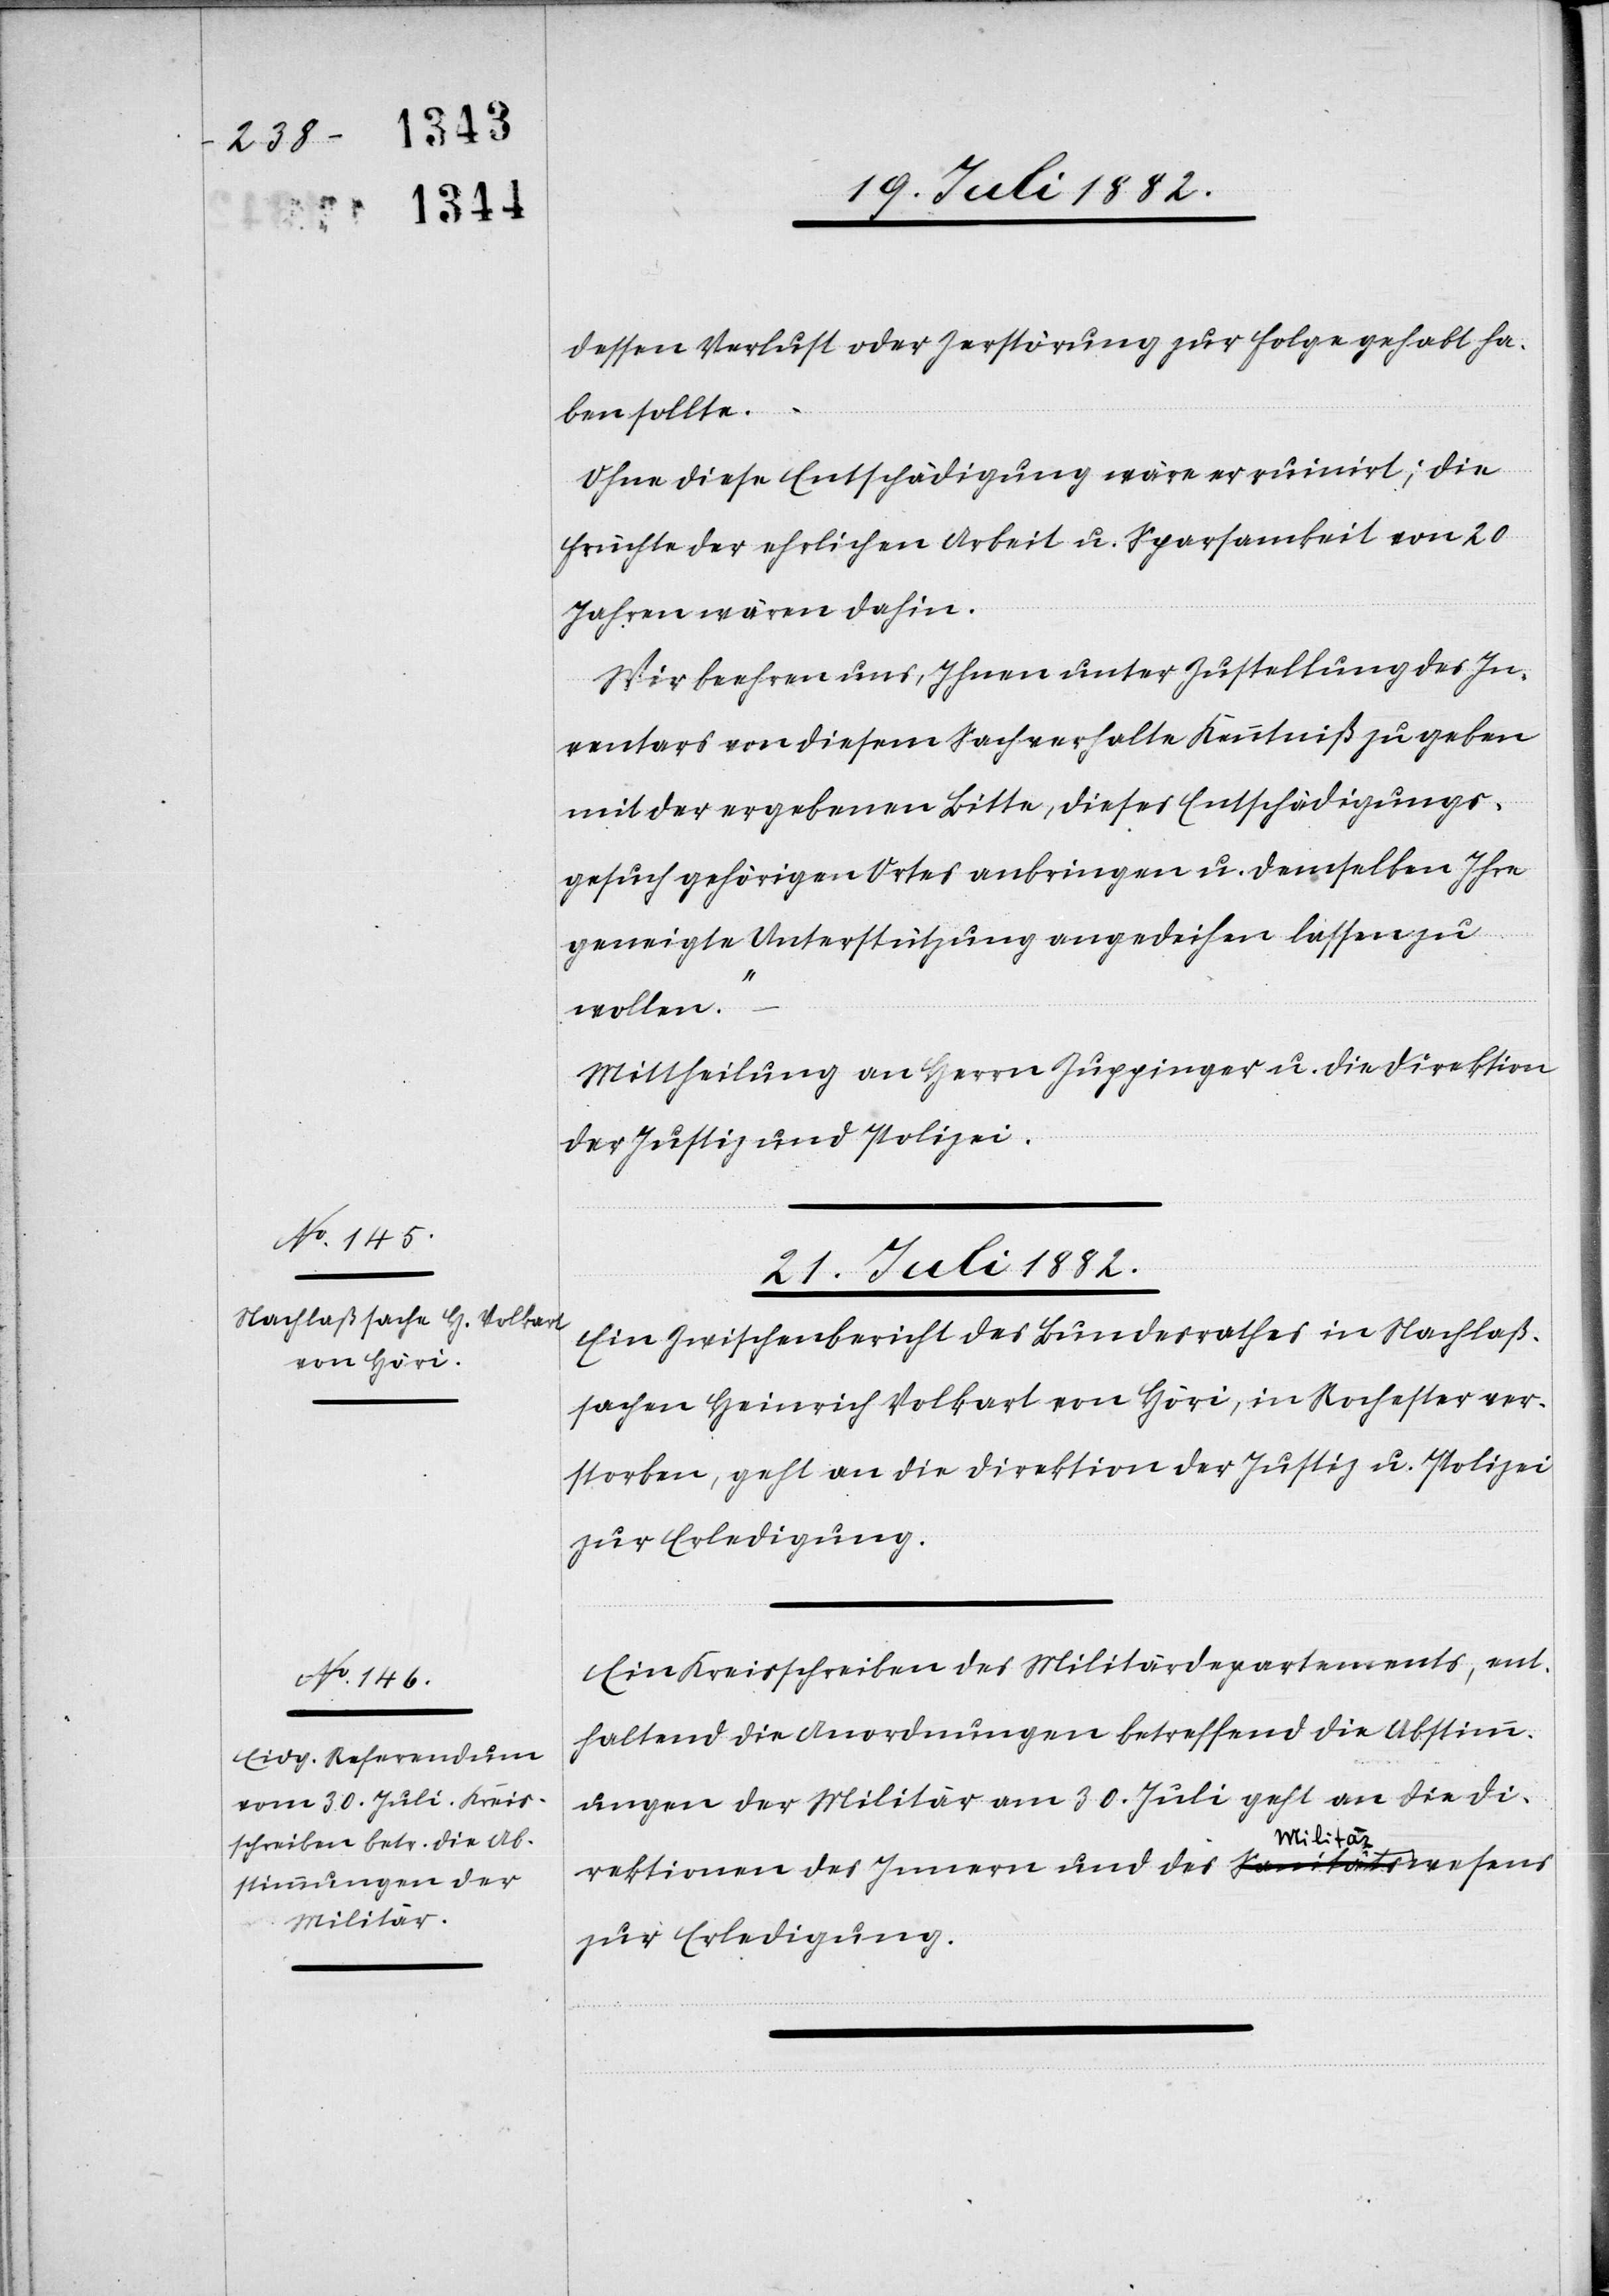
dessen Verlust oder Zerstörung zur Folge gehabt ha¬
ben sollte.
Ohne diese Entschädigung wäre er ruinirt; die
Früchte der ehrlichen Arbeit u. Sparsamkeit von 20
Jahren wären dahin.
Wir beehren uns, Ihnen unter Zustellung des In¬
ventars von diesem Sachverhalte Kenntniß zu geben
mit der ergebenen Bitte, dieses Entschädigungs¬
gesuch gehörigen Ortes anbringen u. demselben Ihre
geneigte Unterstützung angedeihen lassen zu
wollen.“
Mittheilung an Herrn Zuppinger u. die Direktion
der Justiz & Polizei.
21. Juli 1882.]
Ein Zwischenbericht des Bundesrathes in Nachlaß¬
sachen Heinrich Volkart von Höri, in Rochester ver¬
storben, geht an die Direktion der Justiz & Polizei
zur Erledigung.
Ein Kreisschreiben des Militärdepartements, ent¬
haltend die Anordnungen betreffend die Abstimm¬
ungen der Militär am 30. Juli geht an die Di¬
rektionen des Innern und des Militärwesens
zur Erledigung.